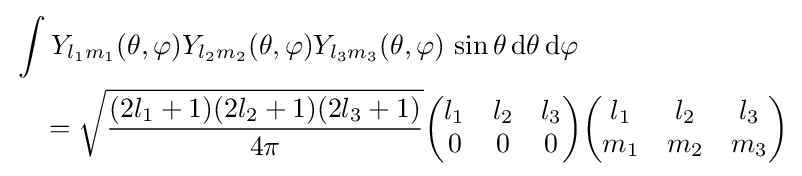
{\begin{aligned}&\int Y_{l_{1}m_{1}}(\theta ,\varphi )Y_{l_{2}m_{2}}(\theta ,\varphi )Y_{l_{3}m_{3}}(\theta ,\varphi )\,\sin \theta \,\mathrm {d} \theta \,\mathrm {d} \varphi \\&\quad ={\sqrt {\frac {(2l_{1}+1)(2l_{2}+1)(2l_{3}+1)}{4\pi }}}{\begin{pmatrix}l_{1}&l_{2}&l_{3}\\0&0&0\end{pmatrix}}{\begin{pmatrix}l_{1}&l_{2}&l_{3}\\m_{1}&m_{2}&m_{3}\end{pmatrix}}\end{aligned}}